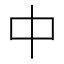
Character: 中